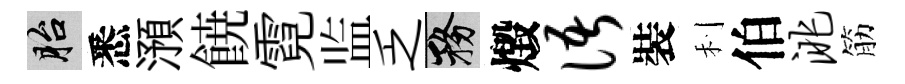
胎悉澦𩜙霓监乏務燬语裝利伯洮筋